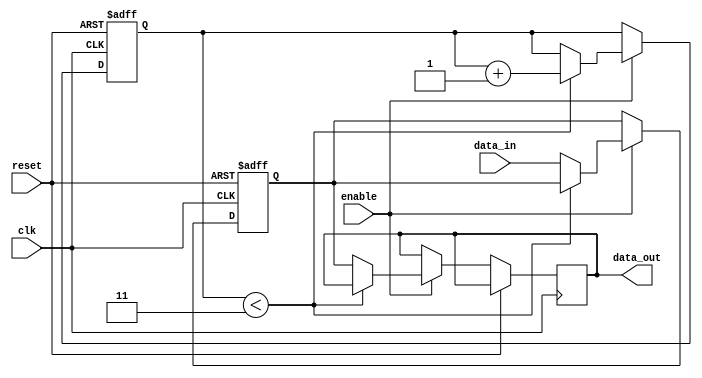
module transmission_gate_delay (
    input wire clk,
    input wire reset,
    input wire enable,
    input wire data_in,
    output reg data_out
);

reg internal_data;
reg [3:0] delay_counter;

always @(posedge clk or posedge reset) begin
    if (reset) begin
        internal_data <= 1'b0;
        delay_counter <= 4'b0000;
    end else begin
        if (enable) begin
            if (delay_counter < 4'd3) begin
                delay_counter <= delay_counter + 1;
            end else begin
                internal_data <= data_in;
                data_out <= internal_data;
            end
        end
    end
end

endmodule